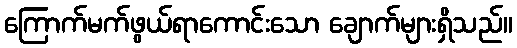
ကြောက်မက်ဖွယ်ရာကောင်းသော ချောက်များရှိသည်။